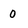
Character: 0